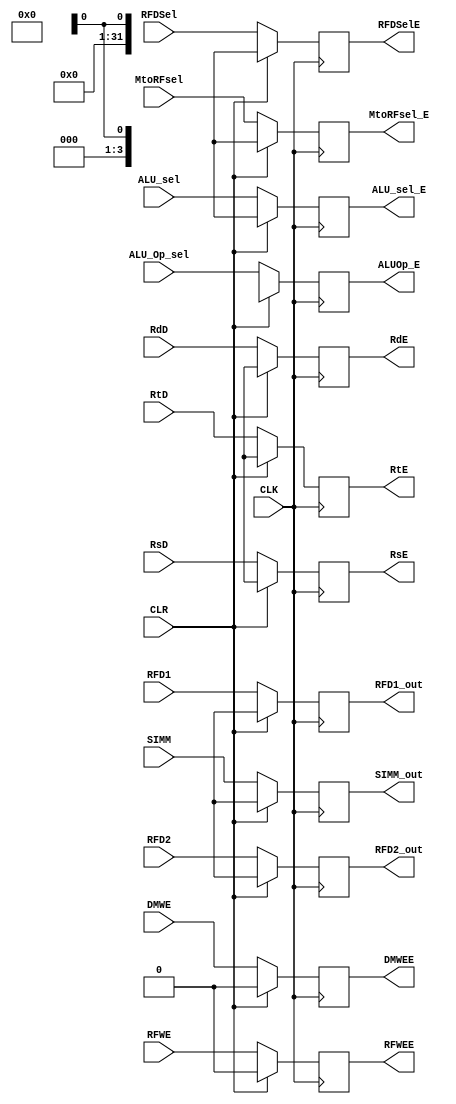
module Pipe_EX( 

    input CLK,CLR,
    input  RFWE,
    input  RFDSel,
    input  DMWE,
    input  MtoRFsel,
    input  [3:0] ALU_Op_sel,
    input   ALU_sel,  
    
    output reg  RFWEE,
    output reg  RFDSelE,
    output reg  DMWEE,
    output reg  MtoRFsel_E,
    output reg  [3:0] ALUOp_E,
    output reg   ALU_sel_E,
    
    input [4:0]  RsD,RtD,RdD,
    output reg [4:0]  RsE,RtE,RdE,
    
    input [31:0] SIMM ,
    output reg [31:0] SIMM_out, 
    
    input [31:0]  RFD1,RFD2 ,
    output reg [31:0] RFD1_out,RFD2_out 
     
    );
    
    always @(posedge CLK) begin
    
    if(CLR) begin
     RFWEE <= 1'b0;       
    RFDSelE <= 1'bx;            
    DMWEE <= 1'b0;        
    MtoRFsel_E <= 1'bx;    
    ALUOp_E <= 1'bx;
    ALU_sel_E <= 1'bx;
 
    RFD1_out <=1'bx;
    RFD2_out<=1'bx;
    RsE<= 1'bx;
    RtE<= 1'bx;
    RdE<= 1'bx;
    SIMM_out<= 1'bx;        //maybe 0s
    
    
    end
    
    else begin
     
    RFWEE <= RFWE;       
    RFDSelE <= RFDSel;            
    DMWEE <= DMWE;        
    MtoRFsel_E <= MtoRFsel;    
    ALUOp_E <= ALU_Op_sel;
    ALU_sel_E <= ALU_sel;
 
    RFD1_out <=RFD1;
    RFD2_out<=RFD2;
    RsE<= RsD;
    RtE<= RtD;
    RdE<= RdD;
    SIMM_out<= SIMM;
    
    
    end
    
    
    
    end 
    
    
    
    
//    always@(negedge CLK) begin
    
//    RFWEE <= RFWE;       
//    RFDSelE <= RFDSel;            
//    DMWEE <= DMWE;        
//    MtoRFsel_E <= MtoRFsel;    
//    ALUOp_E <= ALU_Op_sel;
//    ALU_sel_E <= ALU_sel;
 
//    RFD1_out <=RFD1;
//    RFD2_out<=RFD2;
//    RsE<= RsD;
//    RtE<= RtD;
//    RdE<= RdD;
//    SIMM_out<= SIMM;
    
    
    
//    end
    
    
    
    
    endmodule